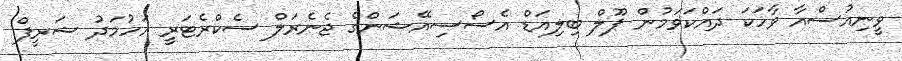
ވީނިއުސްއާ ވާހަކަ ދައްކަވަމުން ޕޫލް ބިލިއަޑް އެސޯސިއޭޝަންގެ ޖެނެރަލް ސެކްރެޓަރީ އަހުމަދު ޝަރީފް